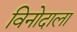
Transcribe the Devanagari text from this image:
विनोदाला